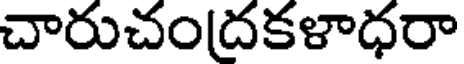
చారుచంద్రకళాధరా